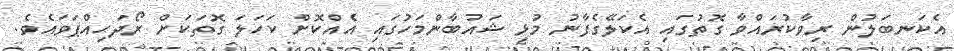
އެކަނބަލުން ރިވާކުރައްވާ ގޮތުގައި އެކަލޭގެފާނު މުޅި ޝައުބާންމަހުގައި އެއްކޮށް ކަހަލަ ގޮތަކަށް ރޯދަހިއްޕަވައެވެ.